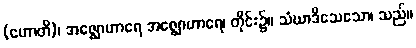
(ဟောတိ)၊ အဇ္ဈောဟာရေ အဇ္ဈောဟာရေ၊ တိုင်း၌။ သံဃာဒိသေသော၊ သည်။